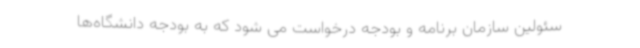
سئولین سازمان برنامه و بودجه درخواست می شود که به بودجه دانشگاه‌ها